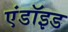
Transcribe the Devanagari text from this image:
एंडॉइड